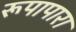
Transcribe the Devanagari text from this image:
रूपापारा